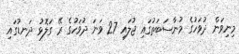
މިނިވަން ދުވަހުގެ މުނާސަބަތުގައި ޖުލައި 27 ވަނަ ދުވަހުގެ ރޭ ގަލޮޅު ދަނޑުގައި